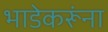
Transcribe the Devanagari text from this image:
भाडेकरूंना